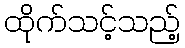
ထိုက်သင့်သည့်